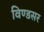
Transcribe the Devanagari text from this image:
विण्डसर